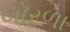
બોરળા